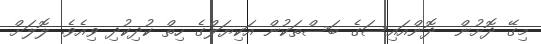
މިގޭ ދޮށުން  ދޮންއައިސަގެ ބަސްތަކުން އަކިޔަލްގެ ހިތް ކުދިކުދި ވިއެވެ. ލޮލަށް